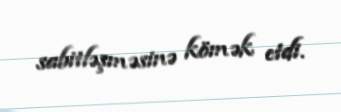
sabitləşməsinə kömək etdi.